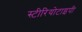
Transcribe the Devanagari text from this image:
स्‍टीरियोटाइपी